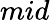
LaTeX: mid